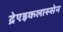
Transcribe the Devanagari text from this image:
द्रेएइकलास्सेन